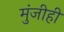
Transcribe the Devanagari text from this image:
मुंजीही